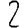
Digit: 2